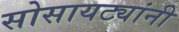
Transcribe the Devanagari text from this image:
सोसायट्यांनी